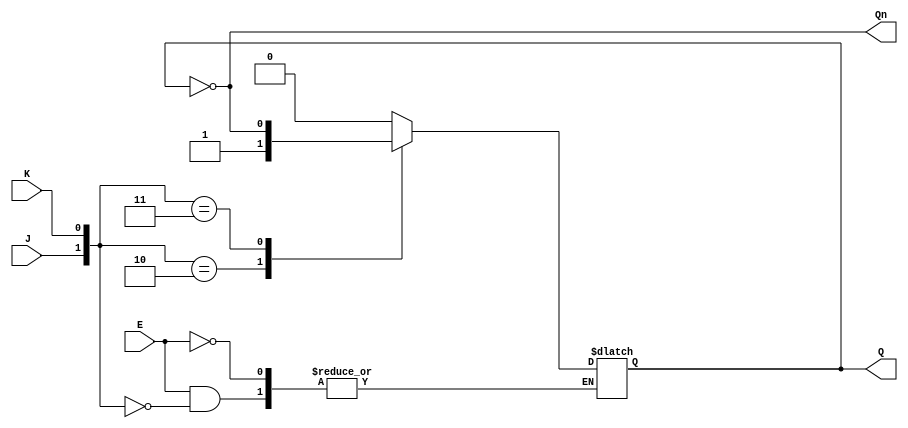
module GatedJKLatch (
    input wire J,      // Set input
    input wire K,      // Reset input
    input wire E,      // Enable input
    output reg Q,      // Primary output
    output wire Qn     // Complementary output
);

    assign Qn = ~Q; // Complement of Q

    always @ (E or J or K) begin
        if (E) begin
            case ({J, K})
                2'b00: Q <= Q;            // No change
                2'b01: Q <= 0;            // Reset
                2'b10: Q <= 1;            // Set
                2'b11: Q <= ~Q;           // Toggle
                default: Q <= Q;          // Default case (should not occur)
            endcase
        end
    end

endmodule